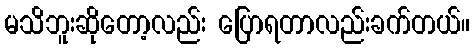
မသိဘူးဆိုတော့လည်း ပြောရတာလည်းခက်တယ်။